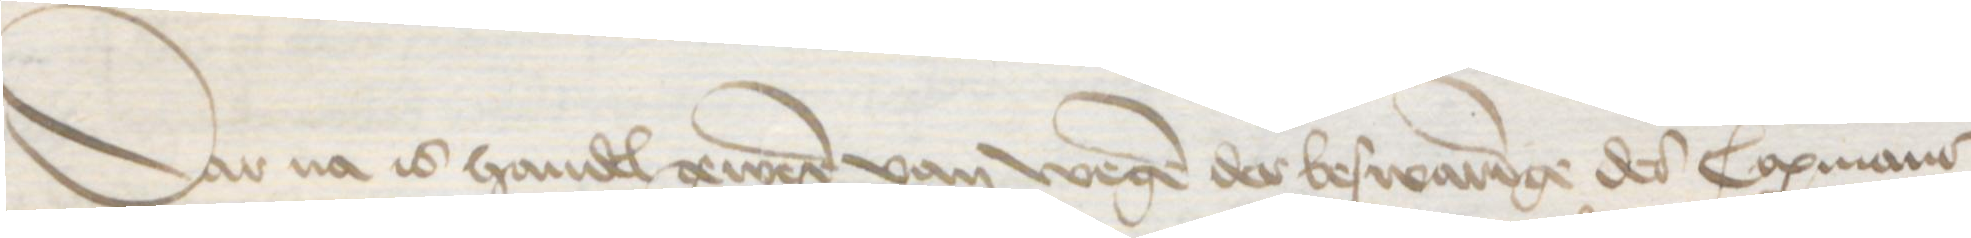
Dar na is handel gewereren van wegen der beswaringe des Copmans